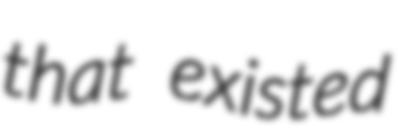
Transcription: that existed